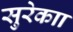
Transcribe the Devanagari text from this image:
सुरेकाा